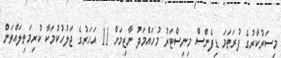
މިސަރުކާރުގެ ފުރަތަމަ ޑިފެންސް މިނިސްޓަރު މުހައްމަދު ނާޒިމަށް 11 އަހަރުގެ ޖަލުހުކުމަކާ ކުރިމަތިލައްވަން